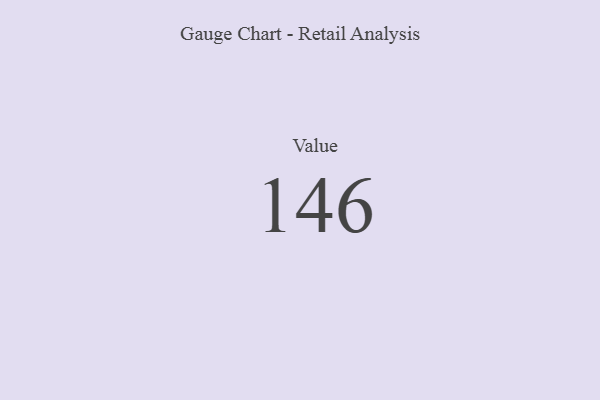
{"axis": {"x": "Metric", "y": "Value"}, "legend": [""], "data": [{"x": "Value", "y": 146, "type": ""}]}